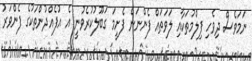
ނަމަވެސް ދިވެހި ފިލްމުތަކާއި ލަވަތައް ފެންނަން ފެށީމަ ގަބޫލުކުރެވުނީ އެ އުފެއްދުންތަކުގެ ފެންވަރު